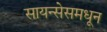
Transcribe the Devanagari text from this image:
सायन्सेसमधून